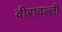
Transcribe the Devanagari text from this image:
वीरावल्ली